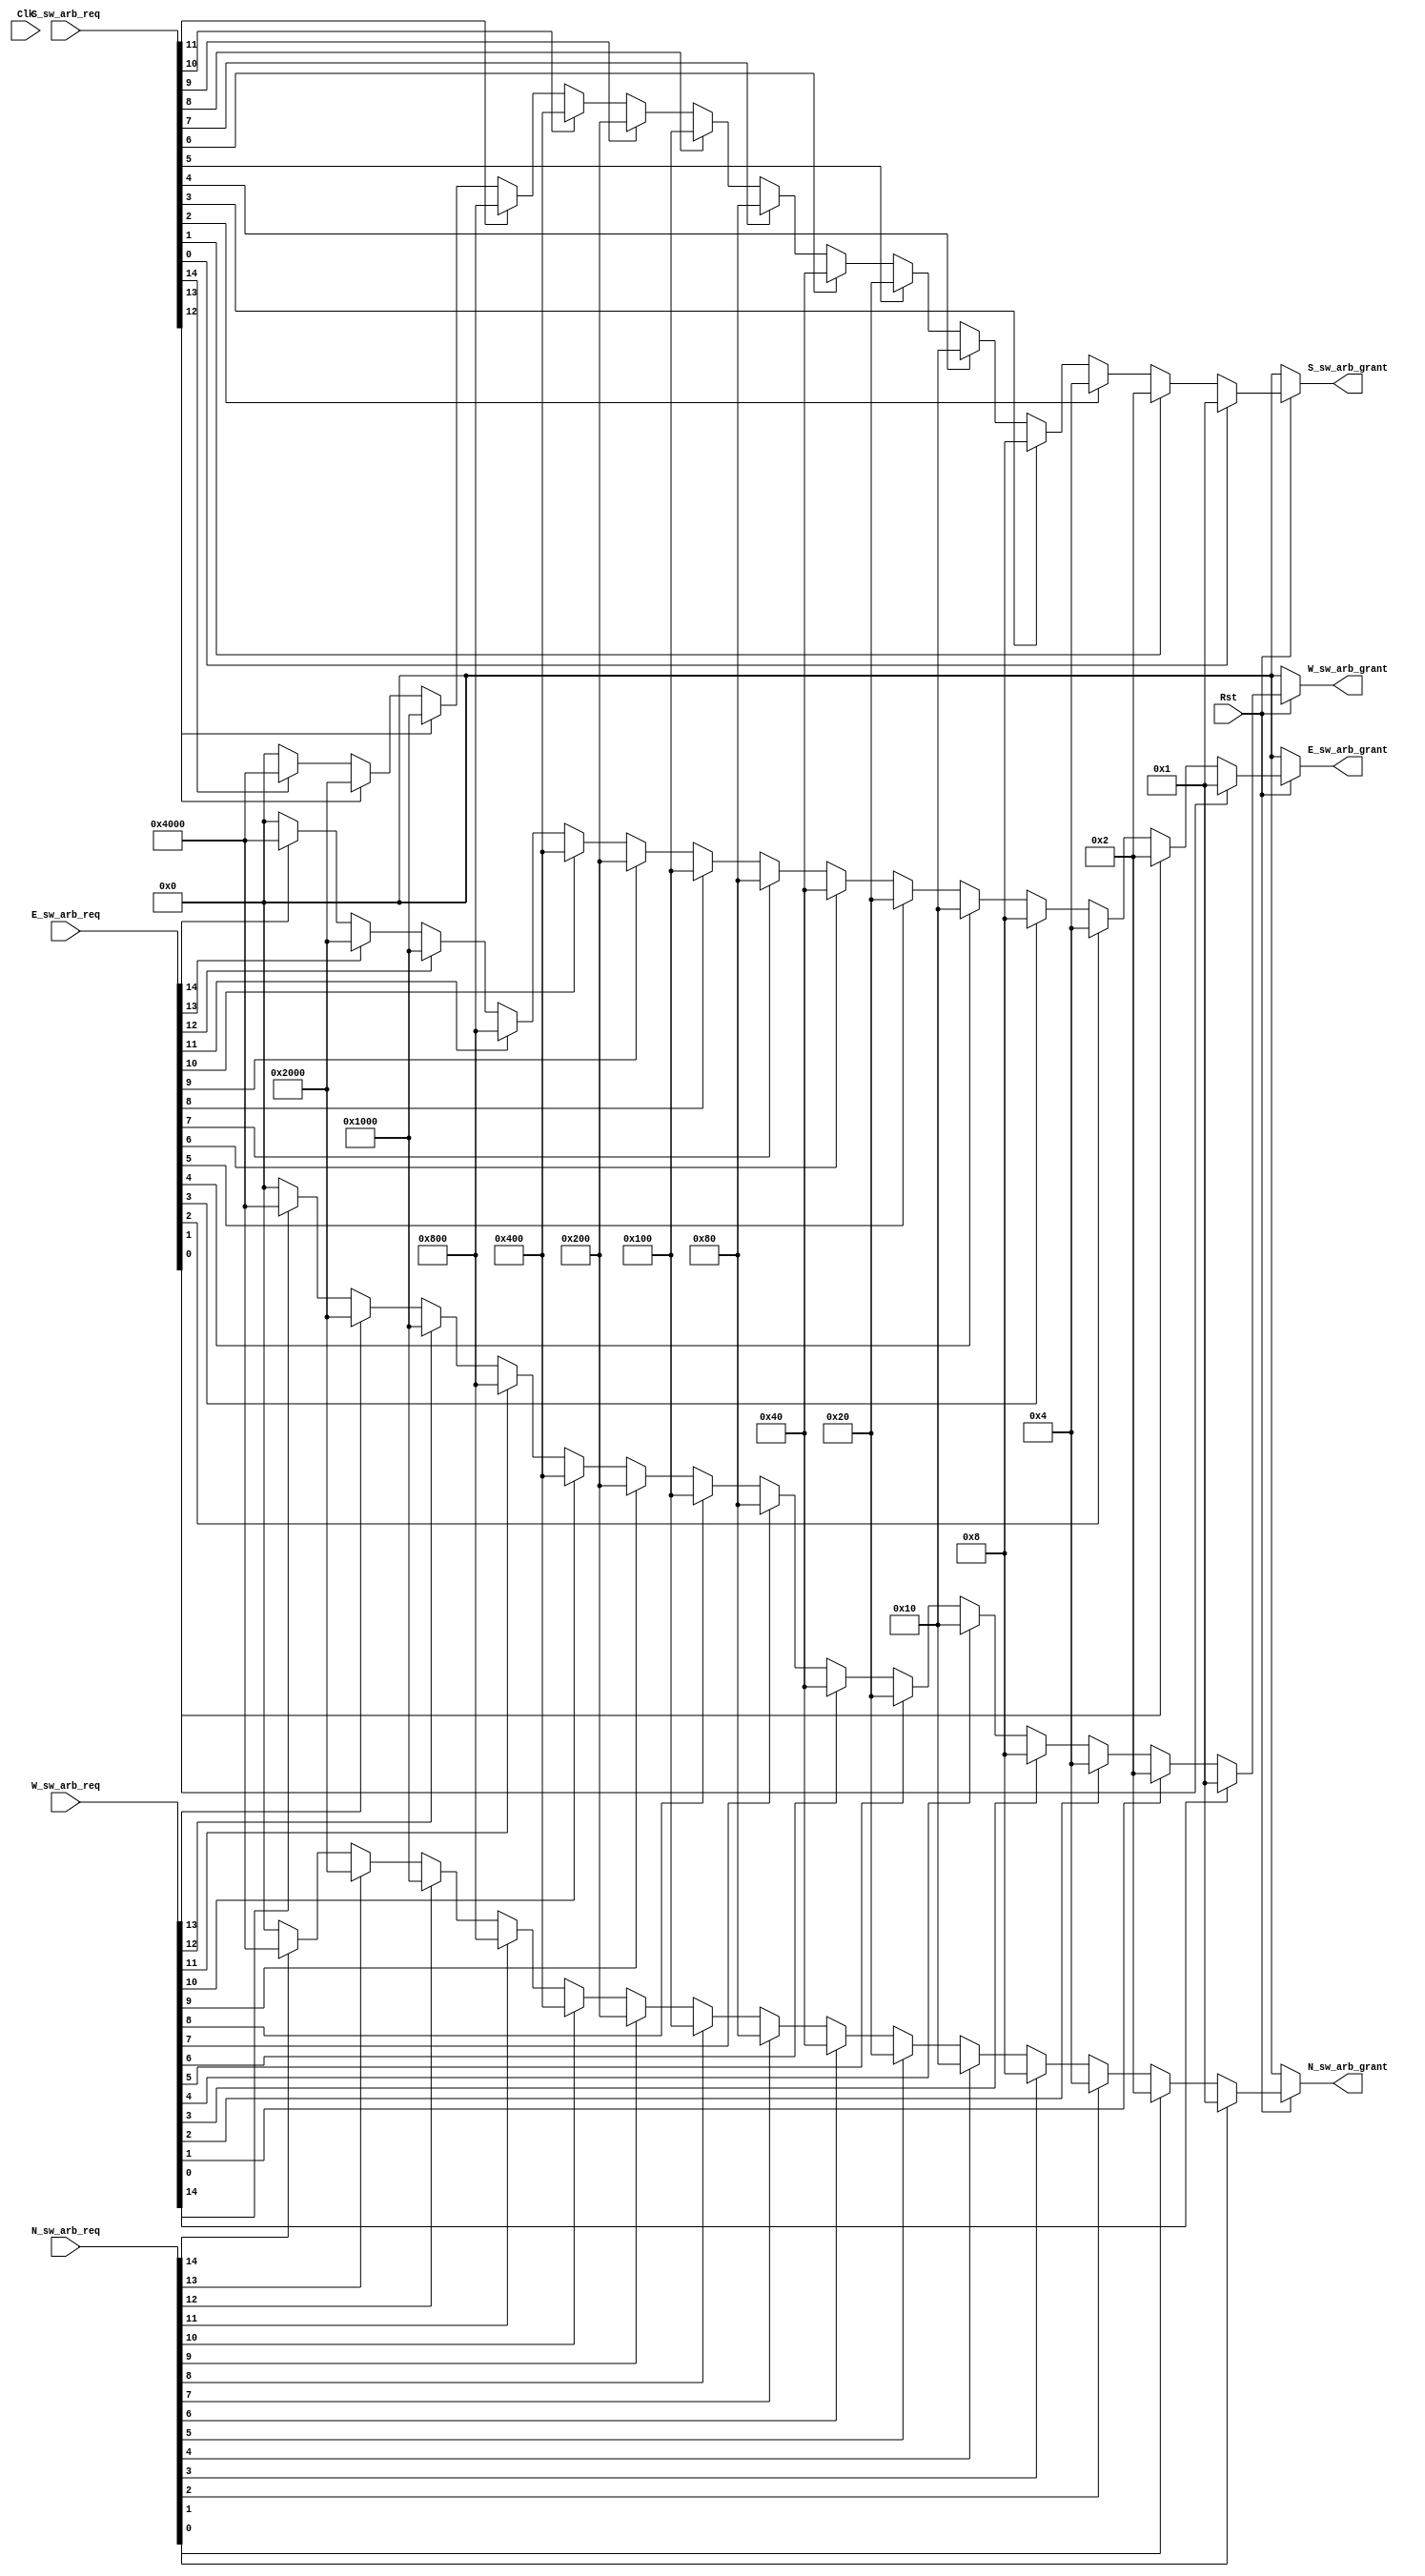
`define NO_OF_REQS 15

module router_swarb(Clk,Rst,N_sw_arb_req,N_sw_arb_grant,S_sw_arb_req,S_sw_arb_grant,E_sw_arb_req,E_sw_arb_grant,W_sw_arb_req,W_sw_arb_grant);

input Clk;
input Rst;
input [`NO_OF_REQS-1:0]N_sw_arb_req;
input [`NO_OF_REQS-1:0]S_sw_arb_req;
input [`NO_OF_REQS-1:0]E_sw_arb_req;
input [`NO_OF_REQS-1:0]W_sw_arb_req;

output [`NO_OF_REQS-1:0]N_sw_arb_grant;
output [`NO_OF_REQS-1:0]S_sw_arb_grant;
output [`NO_OF_REQS-1:0]E_sw_arb_grant;
output [`NO_OF_REQS-1:0]W_sw_arb_grant;

reg [`NO_OF_REQS-1:0]N_sw_arb_grant;
reg [`NO_OF_REQS-1:0]S_sw_arb_grant;
reg [`NO_OF_REQS-1:0]E_sw_arb_grant;
reg [`NO_OF_REQS-1:0]W_sw_arb_grant;

integer i;
integer j;
integer k;
integer l;

always @(N_sw_arb_req or Rst)
begin
	if(Rst==0)
	begin
		 N_sw_arb_grant = 15'b000000000000000;
	end

	else
	begin
		
		if(N_sw_arb_req[0] ==1'b1)
			N_sw_arb_grant = 15'b000000000000001;
		else if(N_sw_arb_req[1]==1'b1)
			N_sw_arb_grant= 15'b000000000000010;
		else if(N_sw_arb_req[2]==1'b1)
			N_sw_arb_grant= 15'b000000000000100;
		else if(N_sw_arb_req[3]==1'b1)
			N_sw_arb_grant= 15'b000000000001000;
		else if(N_sw_arb_req[4]==1'b1)
			N_sw_arb_grant= 15'b000000000010000;
		else if(N_sw_arb_req[5]==1'b1)  // Change this for no of VCs
		//	change include 5-9 also if no of VCs=2
			N_sw_arb_grant= 15'b000000000100000;
		else if(N_sw_arb_req[6]==1'b1)
			N_sw_arb_grant= 15'b000000001000000;
		else if(N_sw_arb_req[7]==1'b1)
			N_sw_arb_grant= 15'b000000010000000;
		else if(N_sw_arb_req[8]==1'b1)
			N_sw_arb_grant= 15'b000000100000000;
		else if(N_sw_arb_req[9]==1'b1)
			N_sw_arb_grant= 15'b000001000000000;
		else if(N_sw_arb_req[10]==1'b1)
			N_sw_arb_grant= 15'b000010000000000;
		else if(N_sw_arb_req[11]==1'b1)
			N_sw_arb_grant= 15'b000100000000000;
		else if(N_sw_arb_req[12]==1'b1)
			N_sw_arb_grant= 15'b001000000000000;
		else if(N_sw_arb_req[13]==1'b1)
			N_sw_arb_grant= 15'b010000000000000;
		else if(N_sw_arb_req[14]==1'b1)
			N_sw_arb_grant= 15'b100000000000000;
		else  N_sw_arb_grant = 15'b000000000000000;
	end
end // end of always



always @(S_sw_arb_req or Rst)
begin
	if(Rst==0)
	begin
		 S_sw_arb_grant = 15'b000000000000000;
	end

	else
	begin
		if(S_sw_arb_req[0] ==1'b1)
			S_sw_arb_grant = 15'b000000000000001;
		else if(S_sw_arb_req[1]==1'b1)
			S_sw_arb_grant= 15'b000000000000010;
		else if(S_sw_arb_req[2]==1'b1)
			S_sw_arb_grant= 15'b000000000000100;
		else if(S_sw_arb_req[3]==1'b1)
			S_sw_arb_grant= 15'b000000000001000;
		else if(S_sw_arb_req[4]==1'b1)
			S_sw_arb_grant= 15'b000000000010000;
		else if(S_sw_arb_req[5]==1'b1)  // Change this for no of VCs
		//	change include 5-9 also if no of VCs=2
			S_sw_arb_grant= 15'b000000000100000;
		else if(S_sw_arb_req[6]==1'b1)
			S_sw_arb_grant= 15'b000000001000000;
		else if(S_sw_arb_req[7]==1'b1)
			S_sw_arb_grant= 15'b000000010000000;
		else if(S_sw_arb_req[8]==1'b1)
			S_sw_arb_grant= 15'b000000100000000;
		else if(S_sw_arb_req[9]==1'b1)
			S_sw_arb_grant= 15'b000001000000000;
		else if(S_sw_arb_req[10]==1'b1)
			S_sw_arb_grant= 15'b000010000000000;
		else if(S_sw_arb_req[11]==1'b1)
			S_sw_arb_grant= 15'b000100000000000;
		else if(S_sw_arb_req[12]==1'b1)
			S_sw_arb_grant= 15'b001000000000000;
		else if(S_sw_arb_req[13]==1'b1)
			S_sw_arb_grant= 15'b010000000000000;
		else if(S_sw_arb_req[14]==1'b1)
			S_sw_arb_grant= 15'b100000000000000;
		else  S_sw_arb_grant = 15'b000000000000000;

	end
end // end of always



always @( E_sw_arb_req or Rst)
begin
	if(Rst==0)
	begin
		 E_sw_arb_grant = 15'b000000000000000;
	end

	else
	begin
	if(E_sw_arb_req[0] ==1'b1)
			E_sw_arb_grant = 15'b000000000000001;
		else if(E_sw_arb_req[1]==1'b1)
			E_sw_arb_grant= 15'b000000000000010;
		else if(E_sw_arb_req[2]==1'b1)
			E_sw_arb_grant= 15'b000000000000100;
		else if(E_sw_arb_req[3]==1'b1)
			E_sw_arb_grant= 15'b000000000001000;
		else if(E_sw_arb_req[4]==1'b1)
			E_sw_arb_grant= 15'b000000000010000;
		else if(E_sw_arb_req[5]==1'b1)  // Change this for no of VCs
		//	change include 5-9 also if no of VCs=2
			E_sw_arb_grant= 15'b000000000100000;
		else if(E_sw_arb_req[6]==1'b1)
			E_sw_arb_grant= 15'b000000001000000;
		else if(E_sw_arb_req[7]==1'b1)
			E_sw_arb_grant= 15'b000000010000000;
		else if(E_sw_arb_req[8]==1'b1)
			E_sw_arb_grant= 15'b000000100000000;
		else if(E_sw_arb_req[9]==1'b1)
			E_sw_arb_grant= 15'b000001000000000;
		else if(E_sw_arb_req[10]==1'b1)
			E_sw_arb_grant= 15'b000010000000000;
		else if(E_sw_arb_req[11]==1'b1)
			E_sw_arb_grant= 15'b000100000000000;
		else if(E_sw_arb_req[12]==1'b1)
			E_sw_arb_grant= 15'b001000000000000;
		else if(E_sw_arb_req[13]==1'b1)
			E_sw_arb_grant= 15'b010000000000000;
		else if(E_sw_arb_req[14]==1'b1)
			E_sw_arb_grant= 15'b100000000000000;
		else  E_sw_arb_grant = 15'b000000000000000;
	end
end // end of always


always @(W_sw_arb_req or Rst)
begin
	if(Rst==0)
	begin

		 W_sw_arb_grant= 15'b000000000000000;
	end

	else
	begin
	if(W_sw_arb_req[0] ==1'b1)
			W_sw_arb_grant = 15'b000000000000001;
		else if(W_sw_arb_req[1]==1'b1)
			W_sw_arb_grant= 15'b000000000000010;
		else if(W_sw_arb_req[2]==1'b1)
			W_sw_arb_grant= 15'b000000000000100;
		else if(W_sw_arb_req[3]==1'b1)
			W_sw_arb_grant= 15'b000000000001000;
		else if(W_sw_arb_req[4]==1'b1)
			W_sw_arb_grant= 15'b000000000010000;
		else if(W_sw_arb_req[5]==1'b1)  // Change this for no of VCs
		//	change include 5-9 also if no of VCs=2
			W_sw_arb_grant= 15'b000000000100000;
		else if(W_sw_arb_req[6]==1'b1)
			W_sw_arb_grant= 15'b000000001000000;
		else if(W_sw_arb_req[7]==1'b1)
			W_sw_arb_grant= 15'b000000010000000;
		else if(W_sw_arb_req[8]==1'b1)
			W_sw_arb_grant= 15'b000000100000000;
		else if(W_sw_arb_req[9]==1'b1)
			W_sw_arb_grant= 15'b000001000000000;
		else if(W_sw_arb_req[10]==1'b1)
			W_sw_arb_grant= 15'b000010000000000;
		else if(W_sw_arb_req[11]==1'b1)
			W_sw_arb_grant= 15'b000100000000000;
		else if(W_sw_arb_req[12]==1'b1)
			W_sw_arb_grant= 15'b001000000000000;
		else if(W_sw_arb_req[13]==1'b1)
			W_sw_arb_grant= 15'b010000000000000;
		else if(W_sw_arb_req[14]==1'b1)
			W_sw_arb_grant= 15'b100000000000000;
		else  W_sw_arb_grant = 15'b000000000000000;
	
	end
end // end of always


endmodule